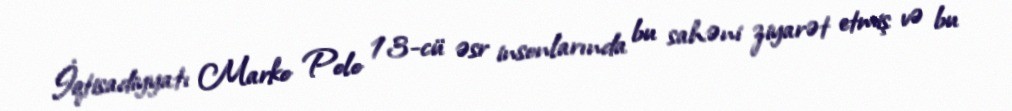
İqtisadiyyatı Marko Polo 13-cü əsr insonlarında bu sahəni ziyarət etmiş və bu